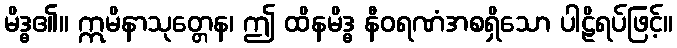
မိဒ္ဓ၏။ ဣမိနာသုတ္တေန၊ ဤ ထိနမိဒ္ဓ နီဝရဏံအစရှိသော ပါဠိရပ်ဖြင့်။